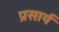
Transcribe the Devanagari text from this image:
प्रसार्य